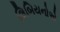
લિબિયનોએ